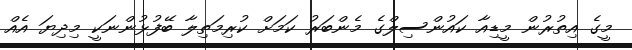
މީގެ އިތުރުން މީޑިއާ ކައުންސިލްގެ މެންބަރު ކަމަށް ކުރިމަތިލާ ބޭފުޅުންނަކީ މިދިޔަ އެއް